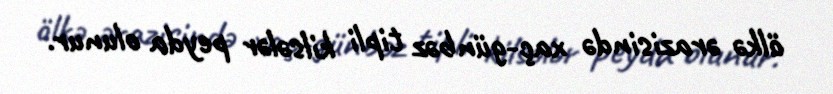
ölkə ərazisində xaç-günbəz tipli kilsələr peyda olunur.